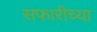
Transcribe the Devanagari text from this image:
सफारीच्या